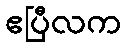
ဧပြီလက